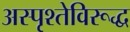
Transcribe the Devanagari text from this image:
अस्पृश्तेविरूद्ध